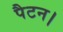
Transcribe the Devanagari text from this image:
पैटन।